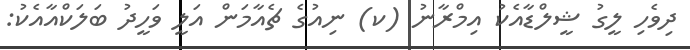
ދިވެހި ލީގު ޝީލްޑާއެކު އިމްރާނު (ކ) ނިއުގެ ޗެއާމަން އަލީ ވަހީދު ބަލަކްއާއެކު: